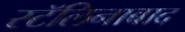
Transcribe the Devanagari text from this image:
स्टॅलिनाबाद